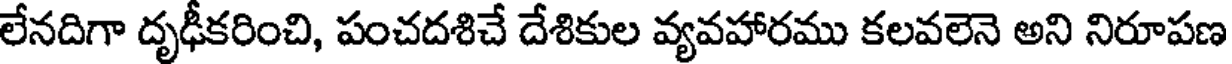
లేనదిగా దృఢీకరించి, పంచదశిచే దేశికుల వ్యవహారము కలవలెనె అని నిరూపణ